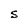
Character: S